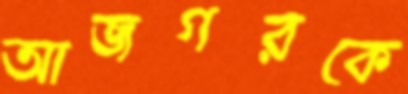
আজগরকে